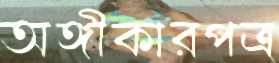
অঙ্গীকারপত্র